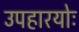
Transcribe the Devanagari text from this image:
उपहारयोः